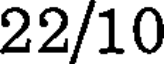
22/10